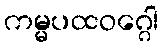
ကမ္မပထဝဂ္ဂေါ